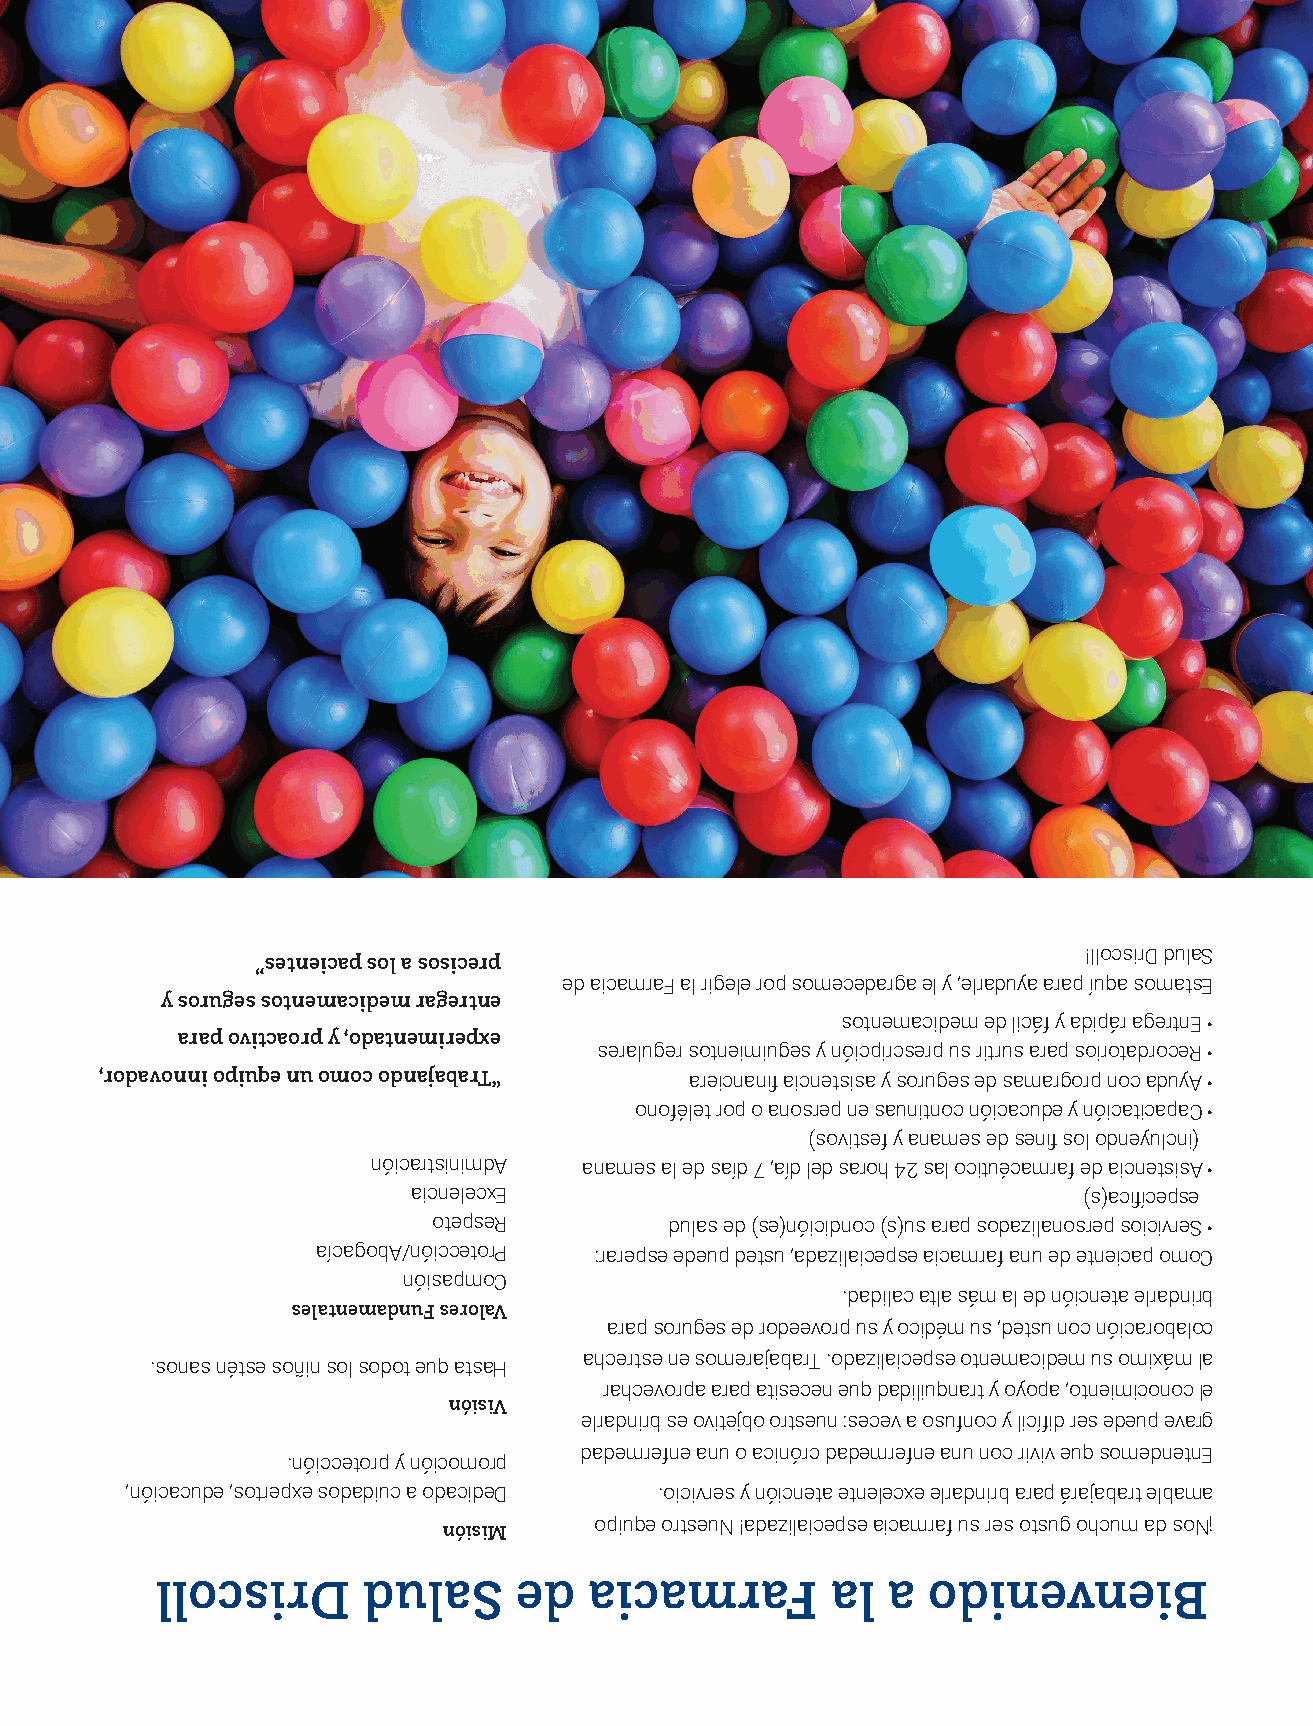
!llocsirD dulaS
 ”setneicap sol a sosicerp
 ed aicamraF al rigele rop somecedarga el y ,elraduya arap íuqa somatsE
 y soruges sotnemacidem ragertne
 sotnemacidem ed licáf y adipár agertnE •
 arap ovitcaorp y ,odatnemirepxe
 seraluger sotneimiuges y nóicpircserp us ritrus arap soirotadroceR •
 ,rodavonni opiuqe nu omoc odnajabarT“  areicnanfi aicnetsisa y soruges ed samargorp noc aduyA •
 onofélet rop o anosrep ne saunitnoc nóicacude y nóicaticapaC •
 )sovitsef y anames ed senfi sol odneyulcni(
 nóicartsinimdA anames al ed saíd 7 ,aíd led saroh 42 sal ocituécamraf ed aicnetsisA •
 aicnelecxE                                   )s(acfiícepse
 otepseR        dulas ed )se(nóicidnoc )s(us arap sodazilanosrep soicivreS •
 aícagobA/nóiccetorP :rarepse edeup detsu ,adazilaicepse aicamraf anu ed etneicap omoC
 nóisapmoC
 .dadilac atla sám al ed nóicneta elradnirb
 selatnemadnuF serolaV
 arap soruges ed rodeevorp us y ocidém us ,detsu noc nóicarobaloc
 ahcertse ne somerajabarT .odazilaicepse otnemacidem us omixám la
 .sonas nétse soñin sol sodot euq atsaH
 rahcevorpa arap atisecen euq dadiliuqnart y oyopa ,otneimiconoc le
 nóisiV
 elradnirb se ovitejbo ortseun :secev a osufnoc y licífid res edeup evarg
 dademrefne anu o acinórc dademrefne anu noc riviv euq somednetnE
 .nóiccetorp y nóicomorp
 ,nóicacude ,sotrepxe sodadiuc a odacideD .oicivres y nóicneta etnelecxe elradnirb arap árajabart elbama
 opiuqe ortseuN !adazilaicepse aicamraf us res otsug ohcum ad soN¡
 nóisiM
 llocsirD      dulaS     ed   aicamraF        al  a odinevneiB